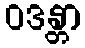
ဝဒန္တာ